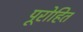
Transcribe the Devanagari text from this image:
पूरोहित